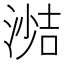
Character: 𪶼